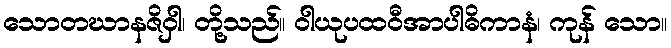
သောတဃာနဇိဝှါ၊ တို့သည်။ ဝါယုပထဝီအာပါဓိကာနံ၊ ကုန် သော။